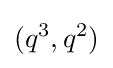
(q^{3},q^{2})